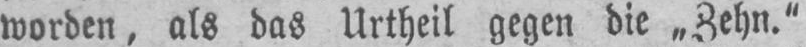
worden, als das Urtheil gegen die ,,Zehn.“